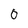
Character: 0